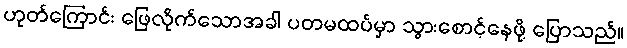
ဟုတ်ကြောင်း ဖြေလိုက်သောအခါ ပတမထပ်မှာ သွားစောင့်နေဖို့ ပြောသည်။